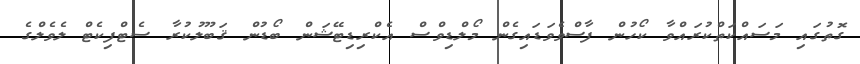
ގޮތުގައި މަސައްކަތްކުރައްވާ ކޯހުން ފާސްވެވަޑައިގެން މޯލްޑިވްސް އެކްރިޑިޓޭޝަން ބޯޑުން ޤަބޫލުކުރާ ސެޓްފިކެޓް ލެވެލްގެ